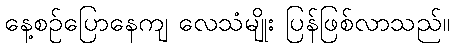
နေ့စဉ်ပြောနေကျ လေသံမျိုး ပြန်ဖြစ်လာသည်။